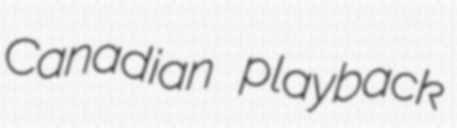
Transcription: Canadian playback